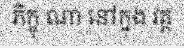
ភិក្ខុ ណា នៅក្នុង វត្ត